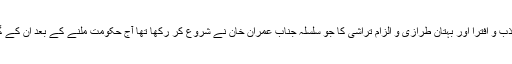
مگر کاروبار کذب و افترا اور بہتان طرازی و الزام تراشی کا جو سلسلہ جناب عمران خان نے شروع کر رکھا تھا آج حکومت ملنے کے بعد ان کے گلے پڑ رہا ہے۔